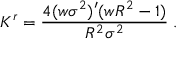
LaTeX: K ^ { r } = \frac { 4 ( w \sigma ^ { 2 } ) ^ { \prime } ( w R ^ { 2 } - 1 ) } { R ^ { 2 } \sigma ^ { 2 } } \; .